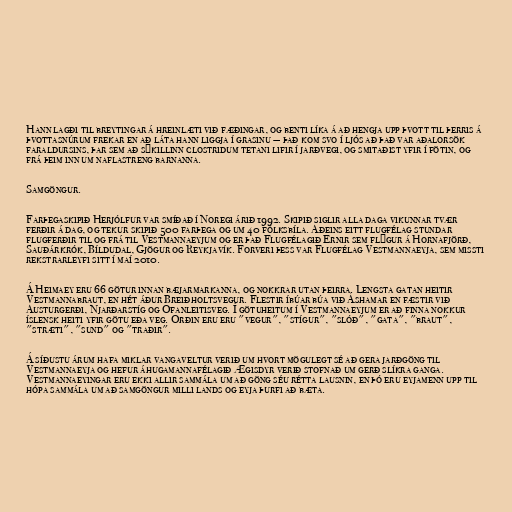
Hann lagði til breytingar á hreinlæti við fæðingar, og benti líka á að hengja upp þvott til þerris á
þvottasnúrum frekar en að láta hann liggja í grasinu — það kom svo í ljós að það var aðalorsök
faraldursins, þar sem að sýkillinn clostridum tetani lifir í jarðvegi, og smitaðist yfir í fötin, og
frá þeim inn um naflastreng barnanna.

Samgöngur.

Farþegaskipið Herjólfur var smíðað í Noregi árið 1992. Skipið siglir alla daga vikunnar tvær
ferðir á dag, og tekur skipið 500 farþega og um 40 fólksbíla. Aðeins eitt flugfélag stundar
flugferðir til og frá til Vestmannaeyjum og er það Flugfélagið Ernir sem flýgur á Hornafjörð,
Sauðárkrók, Bíldudal, Gjögur og Reykjavík. Forveri þess var Flugfélag Vestmannaeyja, sem missti
rekstrarleyfi sitt í maí 2010.

Á Heimaey eru 66 götur innan bæjarmarkanna, og nokkrar utan þeirra. Lengsta gatan heitir
Vestmannabraut, en hét áður Breiðholtsvegur. Flestir íbúar búa við Áshamar en fæstir við
Austurgerði, Njarðarstíg og Ofanleitisveg. Í götuheitum í Vestmannaeyjum er að finna nokkur
íslensk heiti yfir götu eða veg. Orðin eru eru "vegur", "stígur", "slóð", "gata", "braut",
"stræti", "sund" og "traðir".

Á síðustu árum hafa miklar vangaveltur verið um hvort mögulegt sé að gera jarðgöng til
Vestmannaeyja og hefur áhugamannafélagið Ægisdyr verið stofnað um gerð slíkra ganga.
Vestmannaeyingar eru ekki allir sammála um að göng séu rétta lausnin, en þó eru eyjamenn upp til
hópa sammála um að samgöngur milli lands og eyja þurfi að bæta.